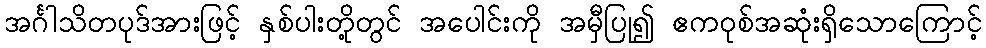
အင်္ဂါသိတပုဒ်အားဖြင့် နှစ်ပါးတို့တွင် အပေါင်းကို အမှီပြု၍ ဧကဝုစ်အဆုံးရှိသောကြောင့်